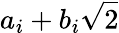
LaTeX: a_{i}+b_{i}{\sqrt{2}}